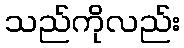
သည်ကိုလည်း